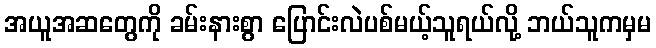
အယူအဆတွေကို ခမ်းနားစွာ ပြောင်းလဲပစ်မယ့်သူရယ်လို့ ဘယ်သူကမှမ